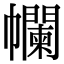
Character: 幱